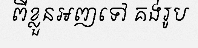
ពីខ្លួនអញទៅ គង់រូប